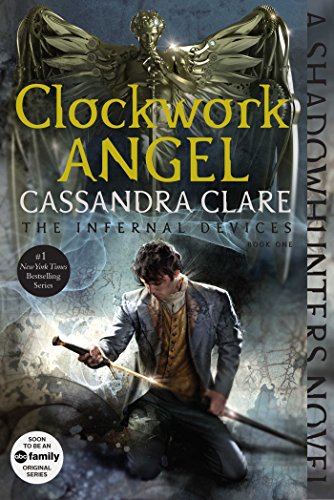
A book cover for Clockwork Angel (The Infernal Devices); Cassandra Clare; Teen & Young Adult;